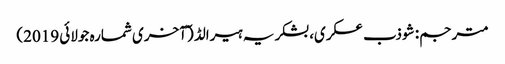
مترجم: شوذب عسکری، بشکریہ ہیرالڈ (ٓآخری شمارہ جولائی 2019)